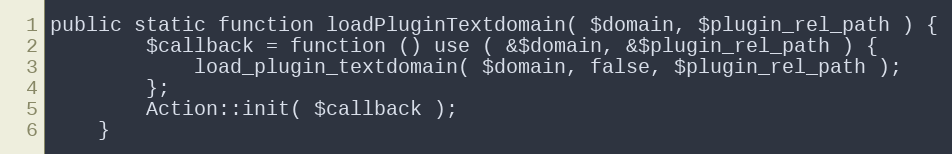
Language: PHP
public static function loadPluginTextdomain( $domain, $plugin_rel_path ) {
		$callback = function () use ( &$domain, &$plugin_rel_path ) {
			load_plugin_textdomain( $domain, false, $plugin_rel_path );
		};
		Action::init( $callback );
	}